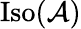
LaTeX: \mathrm{Iso}({\mathcal{A}})